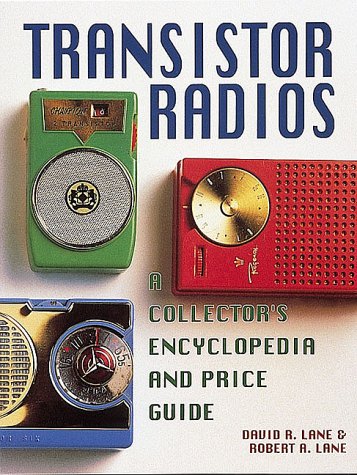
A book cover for Transistor Radios: A Collector's Encyclopedia and Price Guide; D. R. Lane; Crafts, Hobbies & Home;